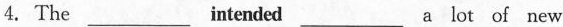
4.The ___ntendeda ___lot of new